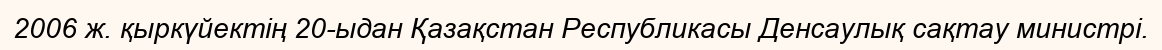
2006 ж. қыркүйектің 20-ыдан Қазақстан Республикасы Денсаулық сақтау министрi.